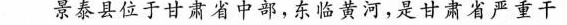
景泰县位于甘肃省中部，东临黄河，是甘肃省严重干